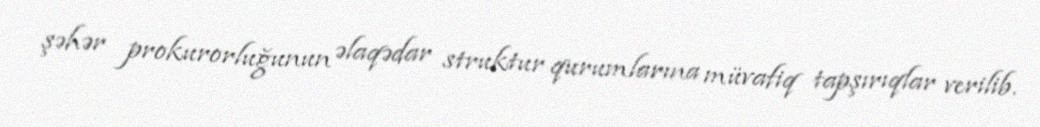
şəhər prokurorluğunun əlaqədar struktur qurumlarına müvafiq tapşırıqlar verilib.